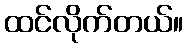
ထင်လိုက်တယ်။